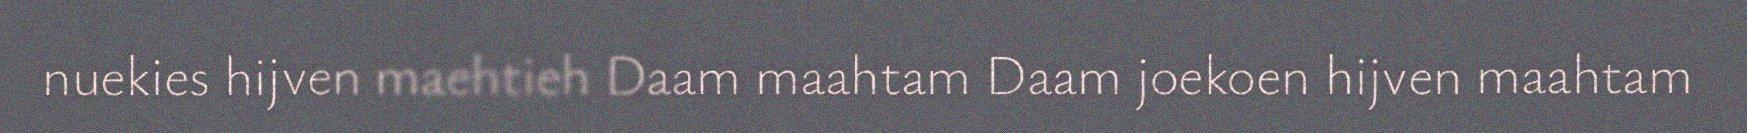
nuekies hijven maehtieh Daam maahtam Daam joekoen hijven maahtam